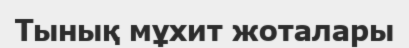
Тынық мұхит жоталары